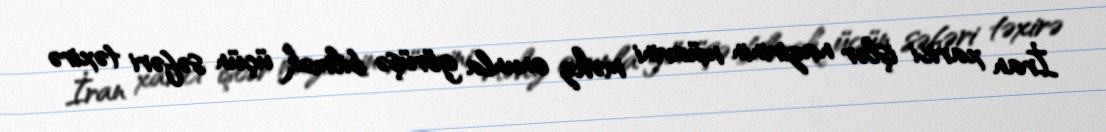
İran xarici işlər nazirinin müavini məhz onunla görüşə bilmək üçün səfəri təxirə